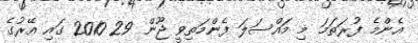
އެންމެ ފުރަތަމަ މި މައްސަލަ ފެންމަތިވީ ޖޫން 29 2010 ގައި އޭރުގެ